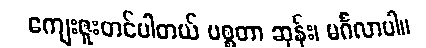
ကျေးဇူးတင်ပါတယ် မစ္စတာ ဆုန်း၊ မင်္ဂလာပါ။